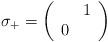
LaTeX: \begin{align*}\sigma _{+}=\left( \begin{array}{cc} & 1\\0 & \end{array}\right)\end{align*}